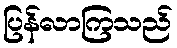
ပြန်လာကြသည်